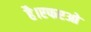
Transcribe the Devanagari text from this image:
है।एफएओ